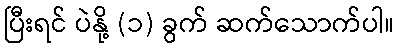
ပြီးရင် ပဲနို့ (၁) ခွက် ဆက်သောက်ပါ။